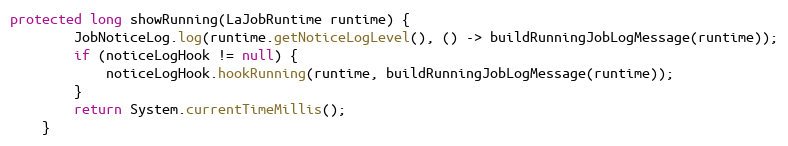
Language: Java
protected long showRunning(LaJobRuntime runtime) {
        JobNoticeLog.log(runtime.getNoticeLogLevel(), () -> buildRunningJobLogMessage(runtime));
        if (noticeLogHook != null) {
            noticeLogHook.hookRunning(runtime, buildRunningJobLogMessage(runtime));
        }
        return System.currentTimeMillis();
    }